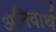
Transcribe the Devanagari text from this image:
अनिवार्थ